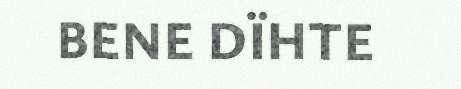
BENE DÏHTE